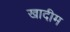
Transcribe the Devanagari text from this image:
खादीम